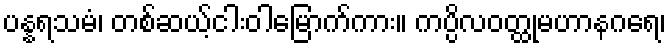
ပန္နရသမံ၊ တစ်ဆယ့်ငါးဝါမြောက်ကား။ ကပ္ပိလဝတ္ထုမဟာနဂရေ၊